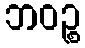
ဘဝဉ္စ